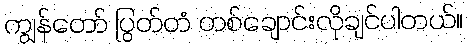
ကျွန်တော် ပြွတ်တံ တစ်ချောင်းလိုချင်ပါတယ်။